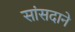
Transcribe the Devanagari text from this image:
सांसदाने